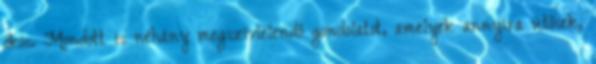
okos. Mondott is néhány megszívlelendő gondolatot, amelyek annyira ütősek,